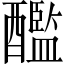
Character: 𨣨